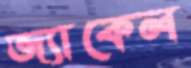
জ্যাকেল